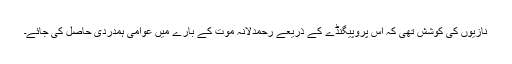
نازیوں کی کوشش تھی کہ اس پروپیگنڈے کے ذریعے رحمدلانہ موت کے بارے میں عوامی ہمدردی حاصل کی جائے۔